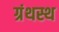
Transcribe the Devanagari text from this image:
ग्रंथस्थ